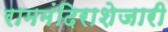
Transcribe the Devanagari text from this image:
राममंदिराशेजारी